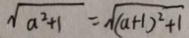
\sqrt { a ^ { 2 } + 1 } = \sqrt { ( a + 1 ) ^ { 2 } + 1 }